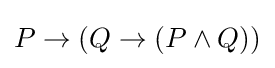
P\to (Q\to (P\land Q))